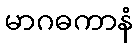
မာဂဓကာနံ